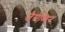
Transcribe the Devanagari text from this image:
जैसेध्विन